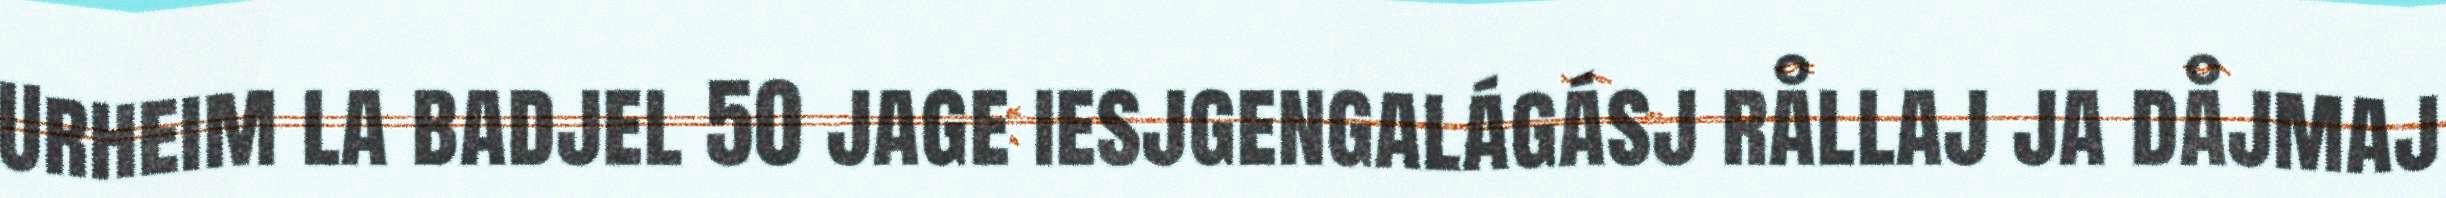
Urheim la badjel 50 jage iesjgengalágásj rållaj ja dåjmaj